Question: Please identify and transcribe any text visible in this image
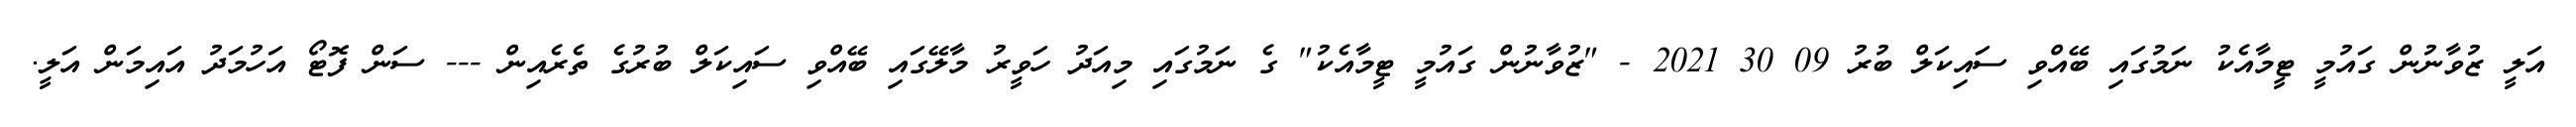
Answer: އަލީ ޒުވާނުން ގައުމީ ޓީމާއެކު ނަމުގައި ބޭއްވި ސައިކަލް ބުރު 09 30 2021 - "ޒުވާނުން ގައުމީ ޓީމާއެކު" ގެ ނަމުގައި މިއަދު ހަވީރު މާލޭގައި ބޭއްވި ސައިކަލް ބުރުގެ ތެރެއިން --- ސަން ފޮޓޯ އަހުމަދު އައިމަން އަލީ.